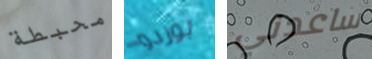
محبطة بوردو ساعدني